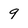
Character: 9